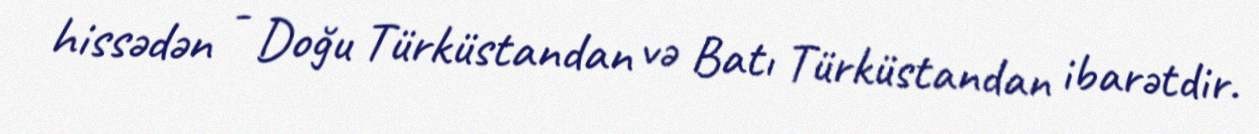
hissədən - Doğu Türküstandan və Batı Türküstandan ibarətdir.